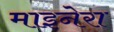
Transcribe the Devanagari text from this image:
माइनेरा